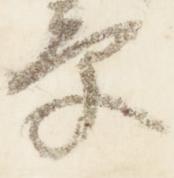
章